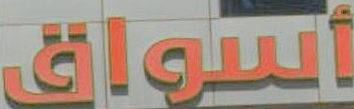
أسواق